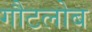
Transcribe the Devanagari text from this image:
गौटलोब